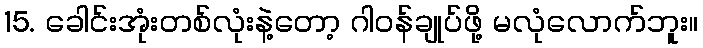
15. ခေါင်းအုံးတစ်လုံးနဲ့တော့ ဂါဝန်ချုပ်ဖို့ မလုံလောက်ဘူး။